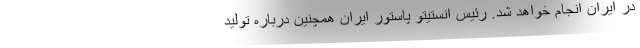
در ایران انجام خواهد شد. رئیس انستیتو پاستور ایران همچنین درباره تولید